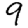
Digit: 9